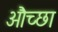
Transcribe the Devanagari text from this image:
औच्छा